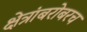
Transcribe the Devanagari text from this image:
क्षेत्रांबरोबरच